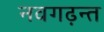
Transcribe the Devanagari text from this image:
नवगढ़न्त